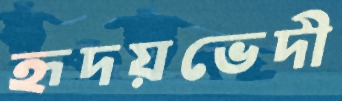
হৃদয়ভেদী